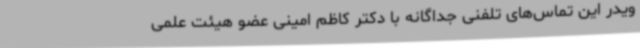
ویدر این تماس‌های تلفنی جداگانه با دکتر کاظم امینی عضو هیئت علمی